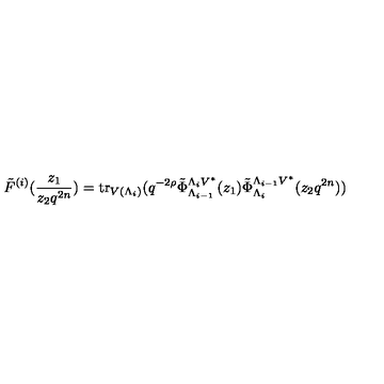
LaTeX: \tilde { F } ^ { ( i ) } ( \frac { z _ { 1 } } { z _ { 2 } q ^ { 2 n } } ) = \mathrm { t r } _ { V ( \Lambda _ { i } ) } ( q ^ { - 2 \rho } \tilde { \Phi } _ { \Lambda _ { i - 1 } } ^ { \Lambda _ { i } V ^ { * } } ( z _ { 1 } ) \tilde { \Phi } _ { \Lambda _ { i } } ^ { \Lambda _ { i - 1 } V ^ { * } } ( z _ { 2 } q ^ { 2 n } ) )